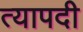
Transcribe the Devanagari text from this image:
त्यापदी